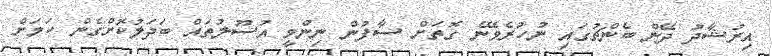
އިރުޝާދު ދޭން ބެންޗުގައި ނުހުރެވޭނެ ގޮތަށް ސާފުން ނިންމީ އުސޫލުތައް ބަދަލުކޮށްގެން ކަމަށް